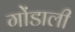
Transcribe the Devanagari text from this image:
गोंडाली